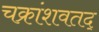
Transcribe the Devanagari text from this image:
चक्रांशवतद्